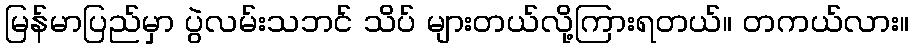
မြန်မာပြည်မှာ ပွဲလမ်းသဘင် သိပ် များတယ်လို့ကြားရတယ်။ တကယ်လား။